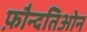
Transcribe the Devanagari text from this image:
फ़ौन्दतिओन